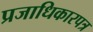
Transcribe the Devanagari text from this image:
प्रजाधिकारपत्र